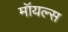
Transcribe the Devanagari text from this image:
मॉयल्स